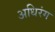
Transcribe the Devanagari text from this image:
अधिरंग